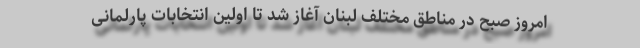
امروز صبح در مناطق مختلف لبنان آغاز شد تا اولین انتخابات پارلمانی